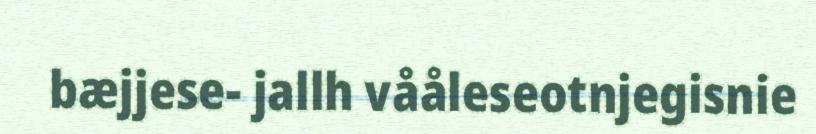
bæjjese- jallh vååleseotnjegisnie